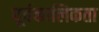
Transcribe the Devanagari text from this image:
पूर्वकालिकता